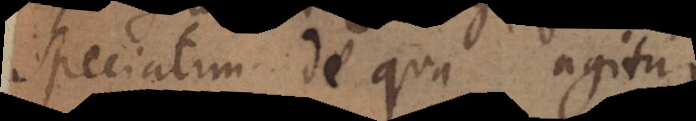
speciatim de qua agitur.